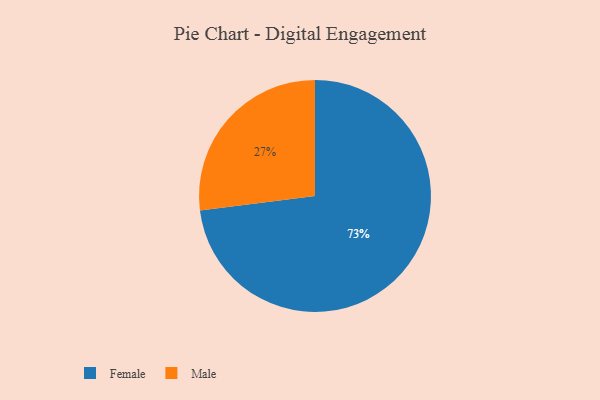
{"axis": {"x": "Category", "y": "Percentage"}, "legend": ["Female", "Male"], "data": [{"x": "Female", "y": 73, "type": "Female"}, {"x": "Male", "y": 27, "type": "Male"}]}